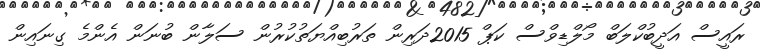
ރައީސް އަދީބުކްލަބް މޯލްޑިވްސް ކަޕް 2015ދަރިން ތަރުބިއްޔަތުކުރުން ސަލާން ބުނަން އެންމެ ގިނައިން